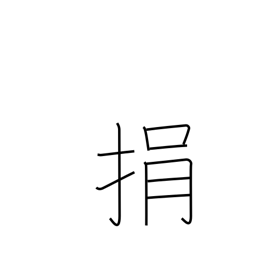
Meaning: throw away